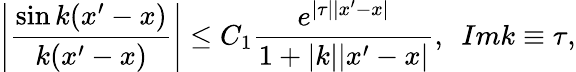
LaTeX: \left|\frac{\sin k(x^{\prime}-x)}{k(x^{\prime}-x)}\right|\leq C_{1}\frac{e^{|\tau||x^{\prime}-x|}}{1+|k||x^{\prime}-x|},~~Imk\equiv\tau,